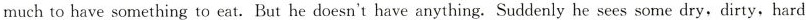
much to have something to eat. But he doesn't have anything. Suddenly he sees some dry, dirty, hard